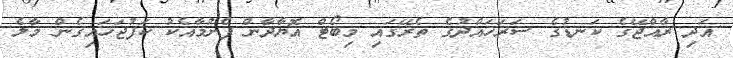
އަދި ރާއްޖޭގެ ކަނޑުގެ ސަރަހައްދުގެ ތެރޭގައި މިބޯޓް އޮޔާދާން ފެށުމާއެކު ކަފުޖަހައިގެން މާލެ